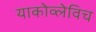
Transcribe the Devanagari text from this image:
याकोव्लेविच